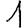
Digit: 1